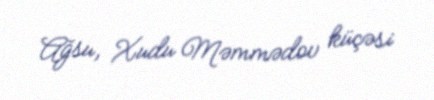
Ağsu, Xudu Məmmədov küçəsi